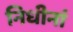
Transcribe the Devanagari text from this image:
निधीनां